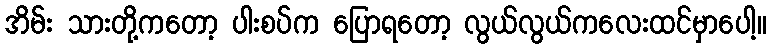
အိမ်း သားတို့ကတော့ ပါးစပ်က ပြောရတော့ လွယ်လွယ်ကလေးထင်မှာပေါ့။